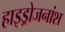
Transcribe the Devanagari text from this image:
हाइड्रोजनांश